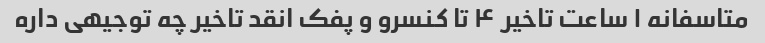
متاسفانه ۱ ساعت تاخیر ۴ تا کنسرو و پفک انقد تاخیر چه توجیهی داره